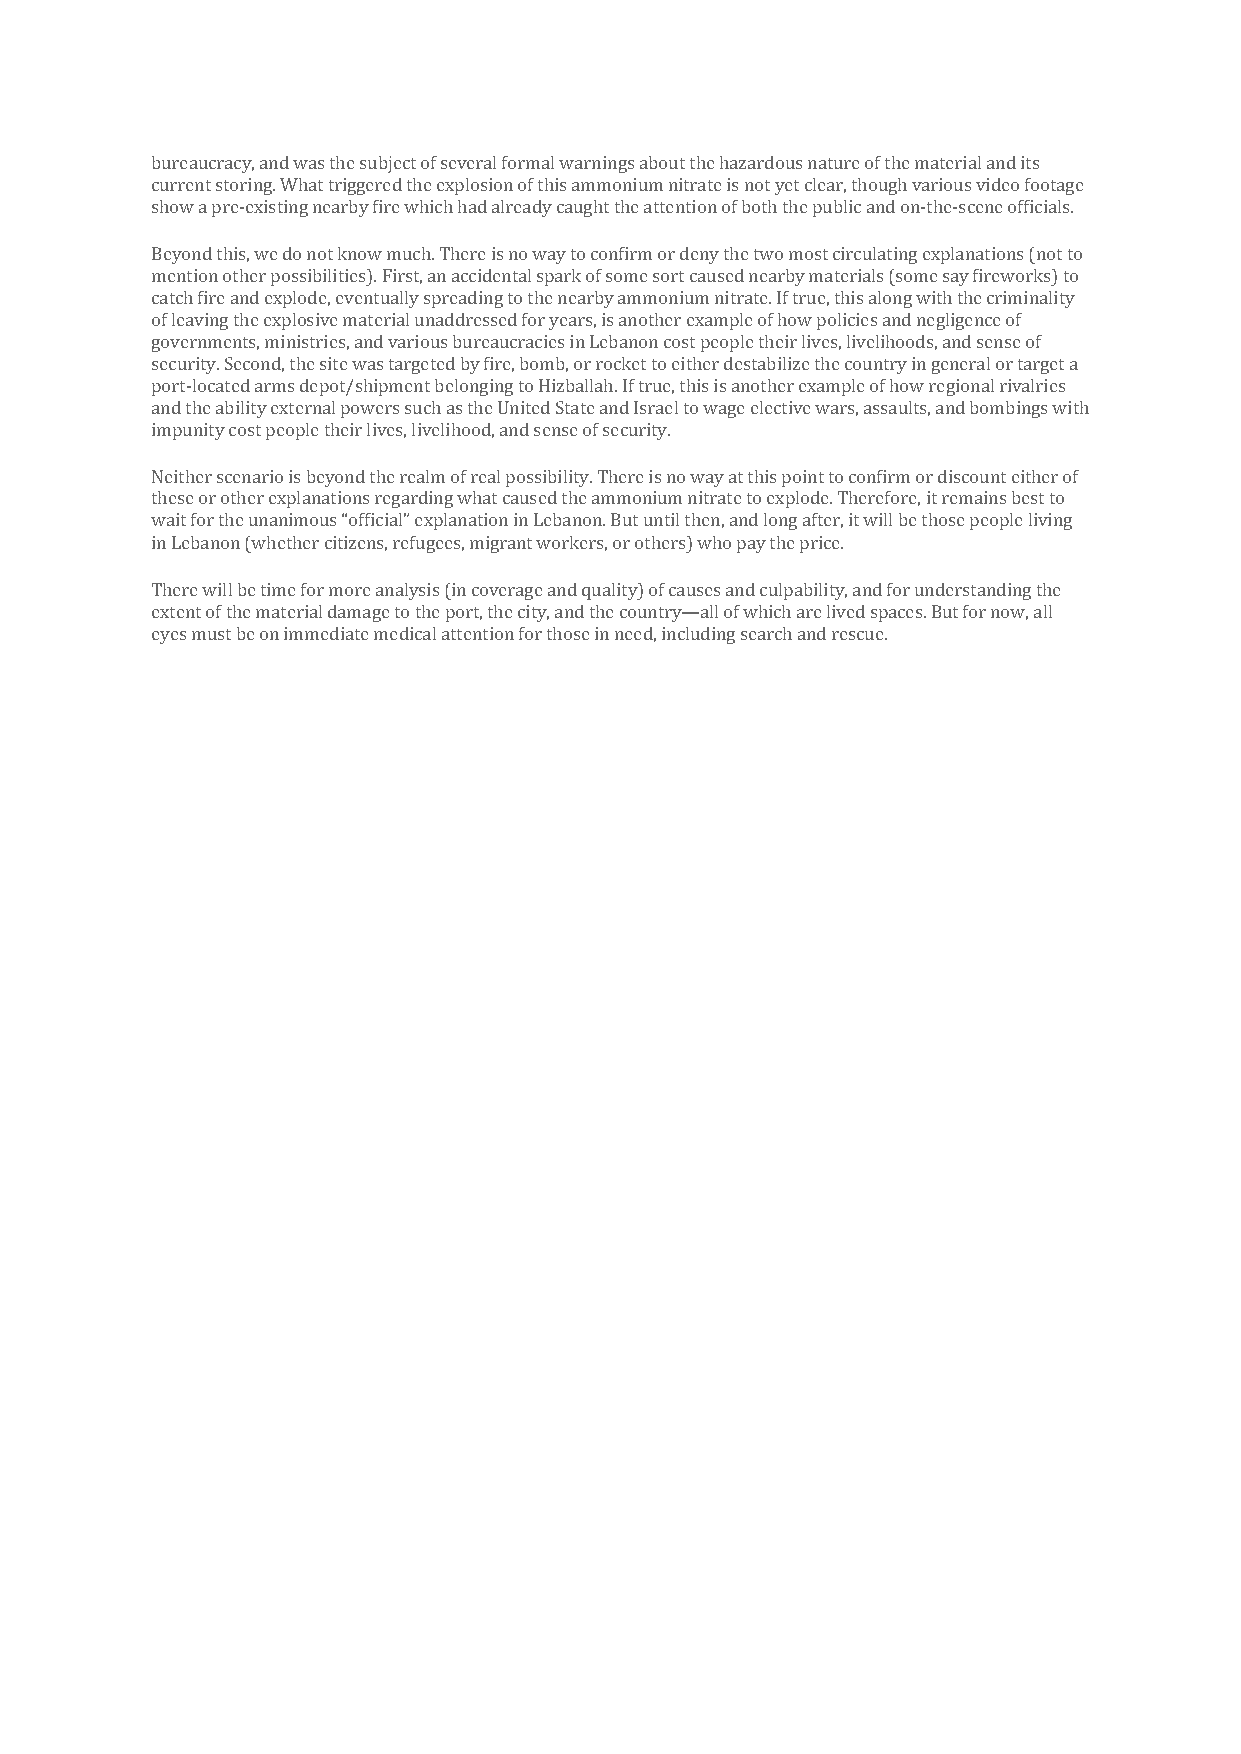
bureaucracy, and was the subject of several formal warnings about the hazardous nature of the material and its
 current storing. What triggered the explosion of this ammonium nitrate is not yet clear, though various video footage
 show a pre-existing nearby fire which had already caught the attention of both the public and on-the-scene officials.
 Beyond this, we do not know much. There is no way to confirm or deny the two most circulating explanations (not to
 mention other possibilities). First, an accidental spark of some sort caused nearby materials (some say fireworks) to
 catch fire and explode, eventually spreading to the nearby ammonium nitrate. If true, this along with the criminality
 of leaving the explosive material unaddressed for years, is another example of how policies and negligence of
 governments, ministries, and various bureaucracies in Lebanon cost people their lives, livelihoods, and sense of
 security. Second, the site was targeted by fire, bomb, or rocket to either destabilize the country in general or target a
 port-located arms depot/shipment belonging to Hizballah. If true, this is another example of how regional rivalries
 and the ability external powers such as the United State and Israel to wage elective wars, assaults, and bombings with
 impunity cost people their lives, livelihood, and sense of security.
 Neither scenario is beyond the realm of real possibility. There is no way at this point to confirm or discount either of
 these or other explanations regarding what caused the ammonium nitrate to explode. Therefore, it remains best to
 wait for the unanimous “official” explanation in Lebanon. But until then, and long after, it will be those people living
 in Lebanon (whether citizens, refugees, migrant workers, or others) who pay the price.
 There will be time for more analysis (in coverage and quality) of causes and culpability, and for understanding the
 extent of the material damage to the port, the city, and the country—all of which are lived spaces. But for now, all
 eyes must be on immediate medical attention for those in need, including search and rescue.